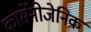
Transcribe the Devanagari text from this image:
कार्सेनोजेनिक